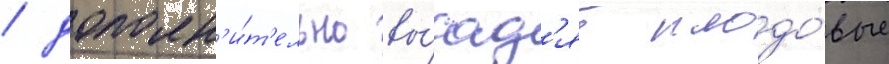
/ дополн'и́т'ельно вы́сад'ят плодо́вые